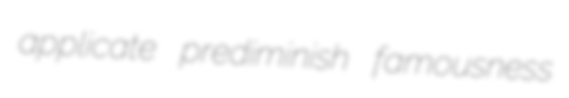
applicate prediminish famousness